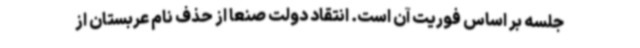
جلسه بر اساس فوریت آن است. انتقاد دولت صنعا از حذف نام عربستان از